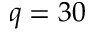
q = 3 0